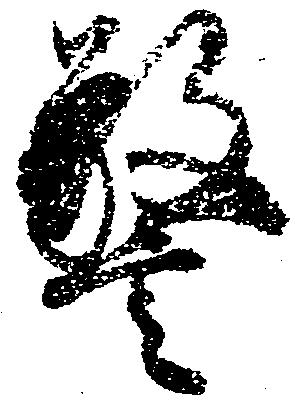
警